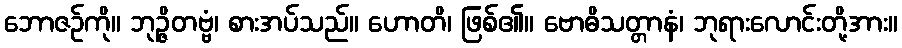
ဘောဇဉ်ကို။ ဘုဉ္ဇိတဗ္ဗံ၊ စားအပ်သည်။ ဟောတိ၊ ဖြစ်၏။ ဗောဓိသတ္တာနံ၊ ဘုရားလောင်းတို့အား။